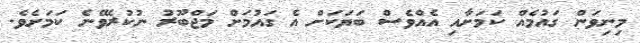
މިނިވަން ގައުމެއް ކަމަށާއި އެއްވެސް ބަޔަކަށް އެ ގައުމަށް މަޖްބޫރު ނުކުރެވޭނެ ކަމަށެވެ.